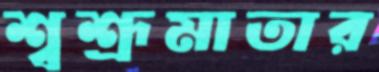
শ্বশ্রূমাতার